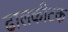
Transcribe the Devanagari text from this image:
ढालकीटक